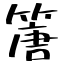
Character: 篖